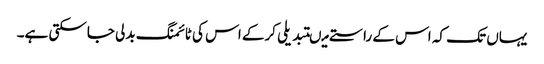
یہاں تک کہ اس کے راستے میںتبدیلی کرکے اس کی ٹائمنگ بدلی جاسکتی ہے۔